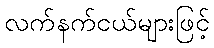
လက်နက်ငယ်များဖြင့်